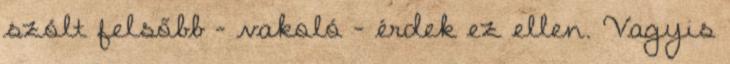
szólt felsőbb – vakoló – érdek ez ellen. Vagyis